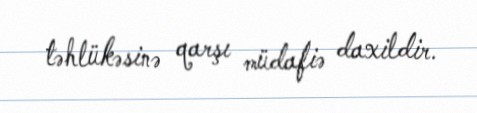
təhlükəsinə qarşı müdafiə daxildir.